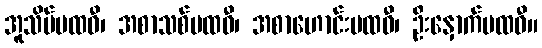
အူသိမ်ပထဝီ၊ အစာသစ်ပထဝီ၊ အစာဟောင်းပထဝီ၊ ဦးနှောက်ပထဝီ။